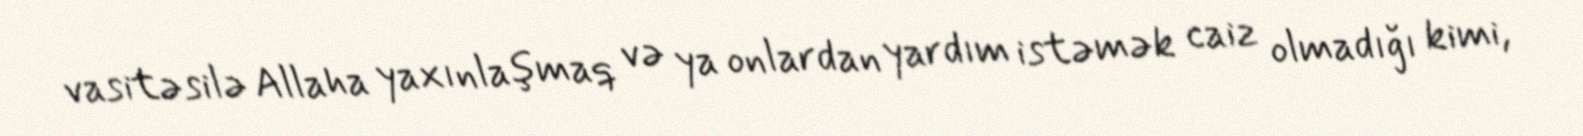
vasitəsilə Allaha yaxınlaşmaq və ya onlardan yardım istəmək caiz olmadığı kimi,